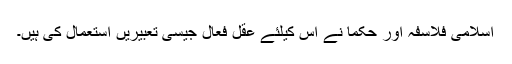
اسلامی فلاسفہ اور حکما نے اس کیلئے عقل فعال جیسی تعبیریں استعمال کی ہیں۔